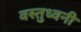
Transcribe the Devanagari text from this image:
वस्तुध्वनी